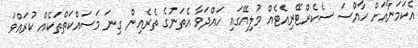
އެކަމަނާއަށް ހާއްސަ ސެކެރްޓޭރިއެޓެއް މުލިއޭގައި ހައްދަވާ އެތަނުގެ ތެރެއިން ގިނަ މަސައްކަތްތަކެއް ކުރައްވަ